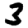
Digit: 3